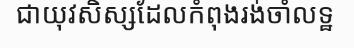
ជាយុវសិស្សដែលកំពុងរង់ចាំលទ្ឋ